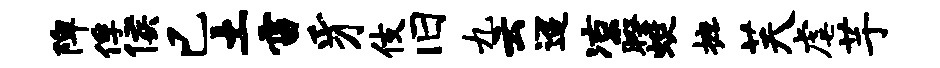
陴俘侯已土雷豸伎旧九云迢凉暌蜓摭芙虐芋